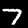
Digit: 7